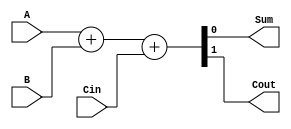
module Full_Adder(input A,
                  input B,
                  input Cin,
                  output Sum,
                  output Cout);
  assign {Cout, Sum} = A + B + Cin;
  
endmodule

module Day2_Ripple_Carry_Adder(input [3:0]A,
                          input [3:0]B,
                          input Cin,
                          output [3:0]Sum,
                          output Cout);
  //Temporary Element to make nets from Cout(i) to Cout(i+1)
  
  wire [2:0]Cout_temp;
  
  Full_Adder Adder1(.A(A[0]), .B(B[0]), .Cin(Cin), .Sum(Sum[0]), .Cout(Cout_temp[0]));
  Full_Adder Adder2(.A(A[1]), .B(B[1]), .Cin(Cout_temp[0]), .Sum(Sum[1]), .Cout(Cout_temp[1]));
  Full_Adder Adder3(.A(A[2]), .B(B[2]), .Cin(Cout_temp[1]), .Sum(Sum[2]), .Cout(Cout_temp[2]));
  Full_Adder Adder4(.A(A[3]), .B(B[3]), .Cin(Cout_temp[2]), .Sum(Sum[3]), .Cout(Cout));
  
endmodule